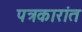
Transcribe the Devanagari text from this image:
पत्रकारांत